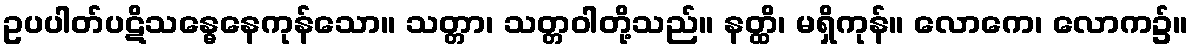
ဥပပါတ်ပဋိသန္ဓေနေကုန်သော။ သတ္တာ၊ သတ္တဝါတို့သည်။ နတ္ထိ၊ မရှိကုန်။ လောကေ၊ လောက၌။